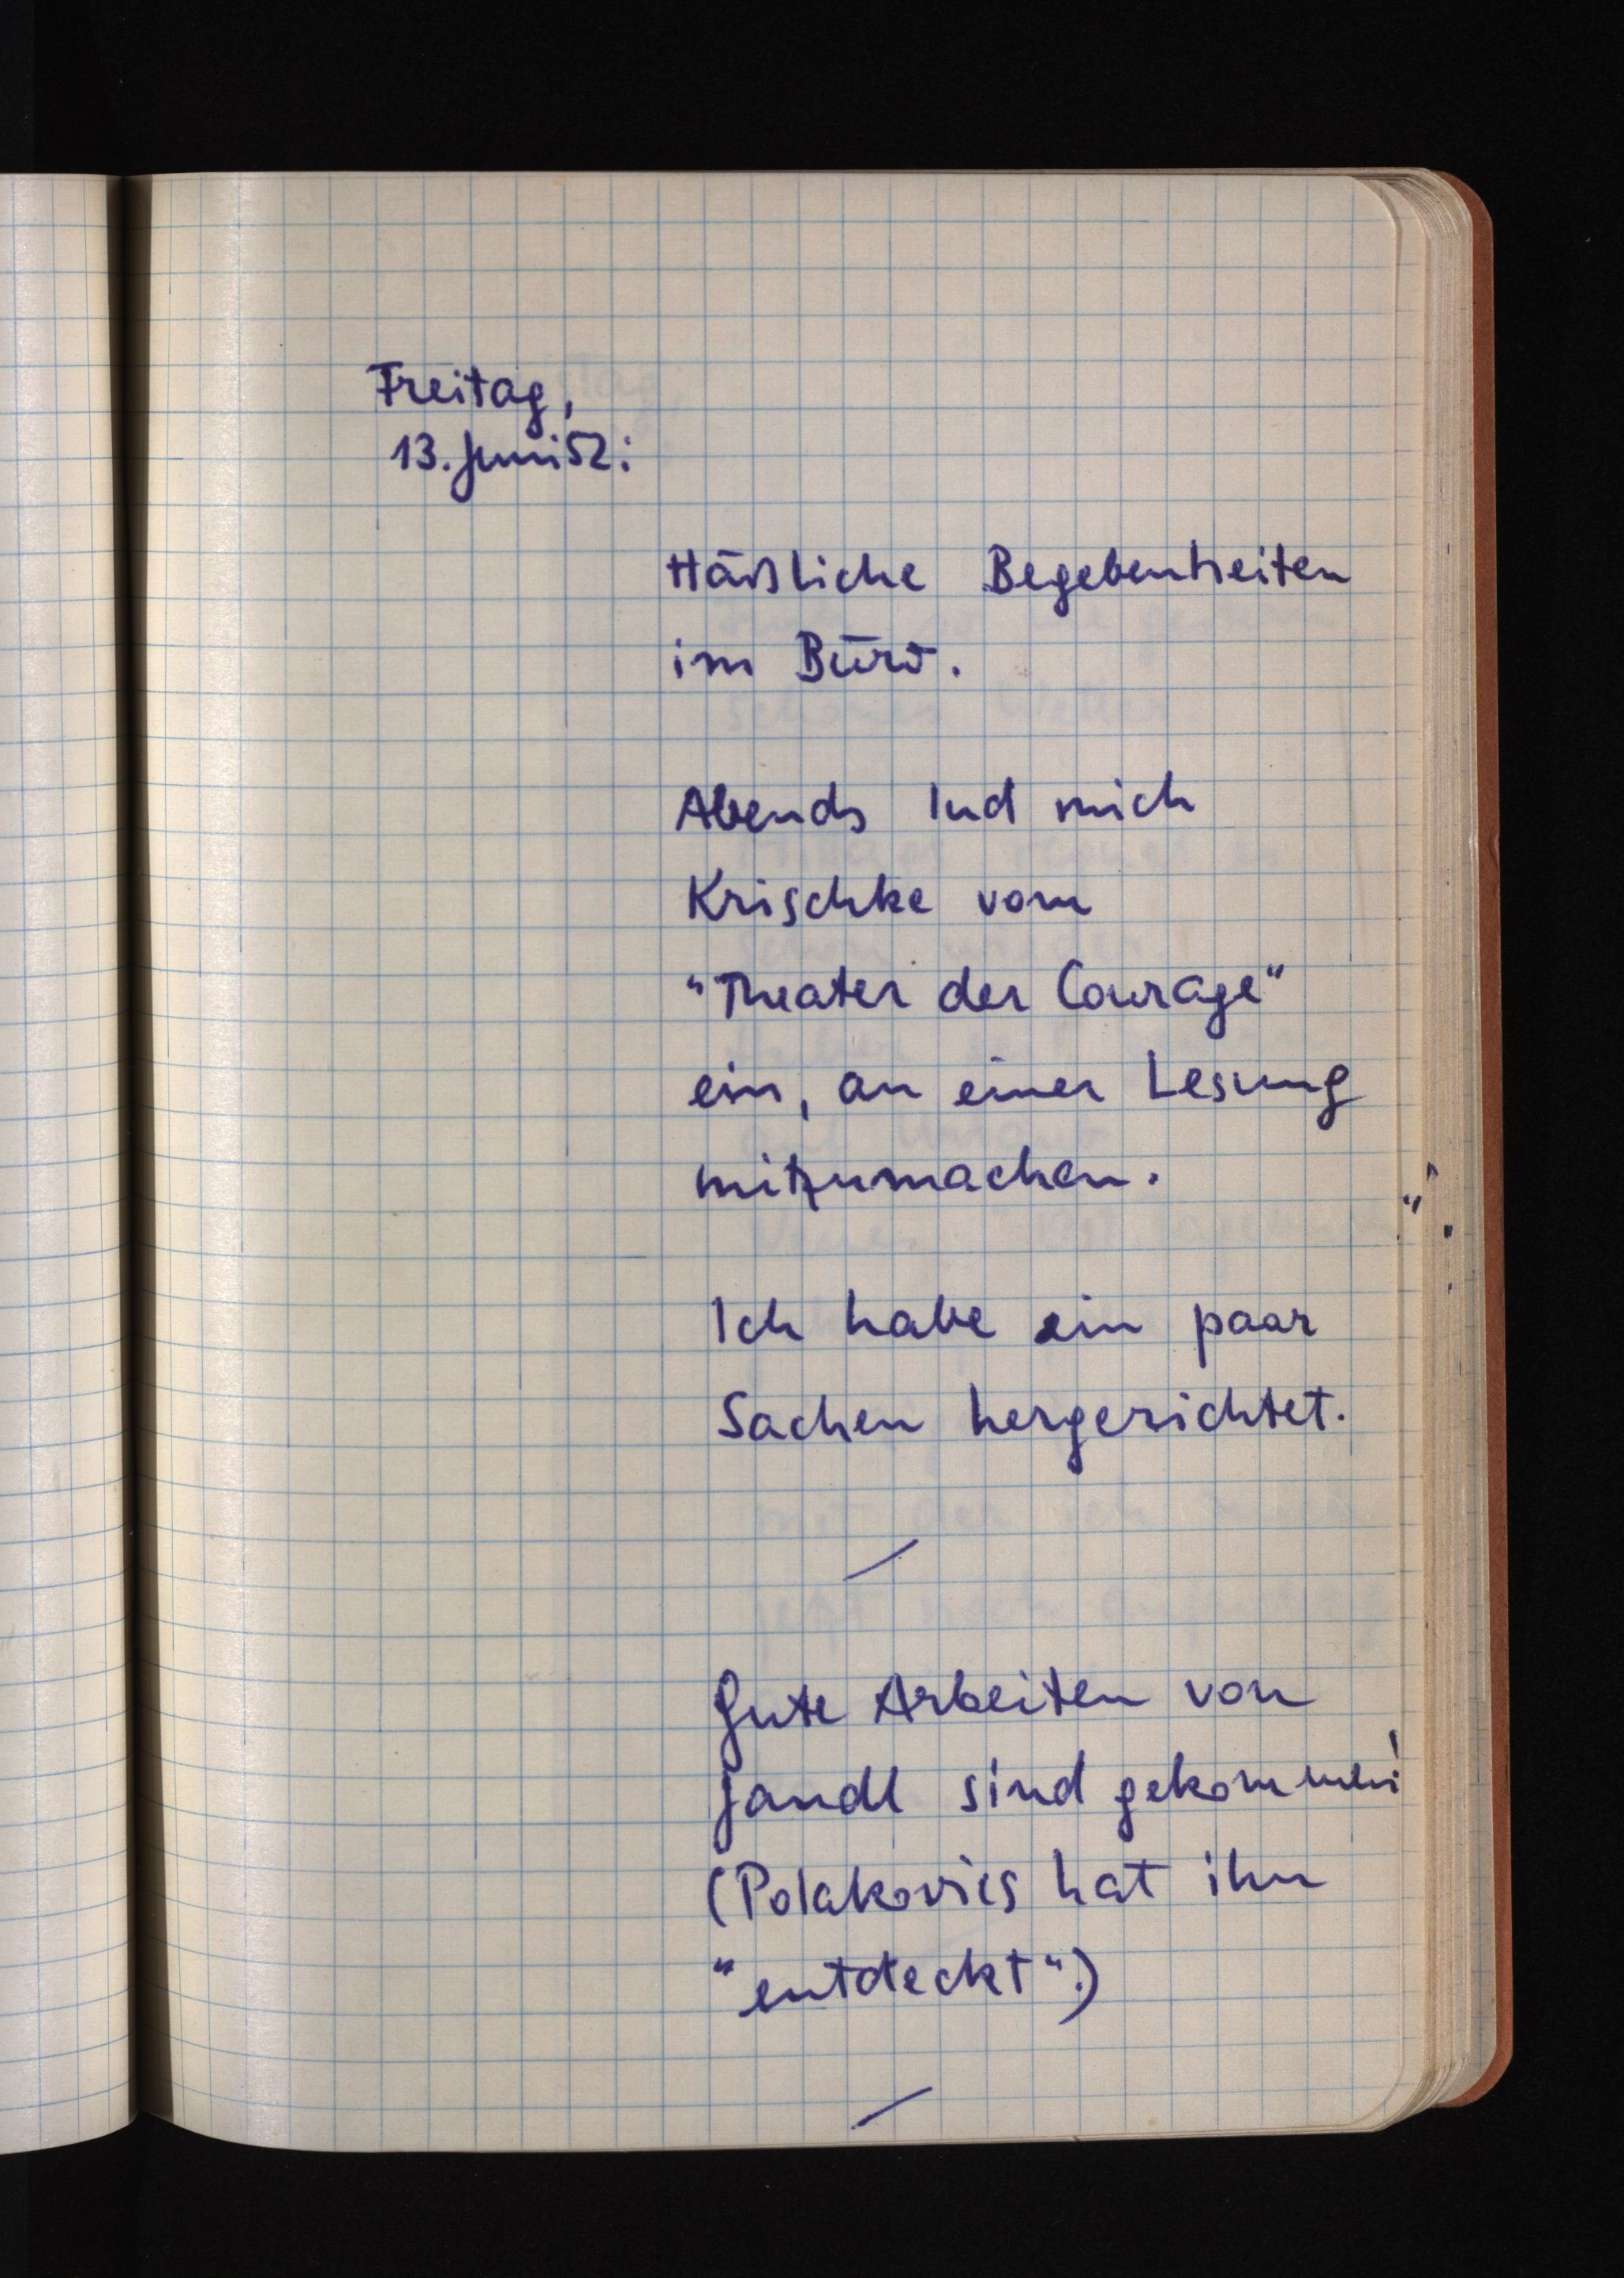
Freitag,
13. Juni 52:
Häßliche Begebenheiten
im Büro.
Abends lud mich
Krischke vom
"Theater der Courage"
ein, an einer Lesung
mitzumachen.
Ich habe ein paar
Sachen hergerichtet.
Gute Arbeiten von
Jandl sind gekommen!
(Polakovics hat ihn
"entdeckt".)